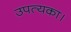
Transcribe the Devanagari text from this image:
उपत्यका।